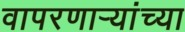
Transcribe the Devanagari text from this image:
वापरणाऱ्यांच्या